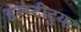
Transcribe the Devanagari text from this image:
इन्स्टीटुयट